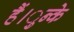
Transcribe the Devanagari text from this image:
हैं।ुन्के